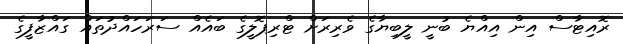
ރޮއިޓާސް އިން އިއްޔެ ބުނީ ލީބިޔާގެ ވެރިރަށް ޓްރިޕޮލީގެ ބައެއް ސަރަހައްދުތައް ގައްޒާފީގެ